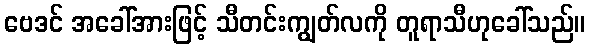
ဗေဒင် အခေါ်အားဖြင့် သီတင်းကျွတ်လကို တူရာသီဟုခေါ်သည်။